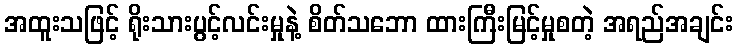
အထူးသဖြင့် ရိုးသားပွင့်လင်းမှုနဲ့ စိတ်သဘော ထားကြီးမြင့်မှုစတဲ့ အရည်အချင်း